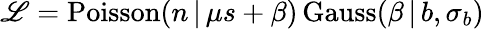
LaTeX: \mathscr{L}=\mathrm{Poisson}(n\, |\, \mu s+\beta)\, \mathrm{Gauss}(\beta\, |\, b,\sigma_{b})